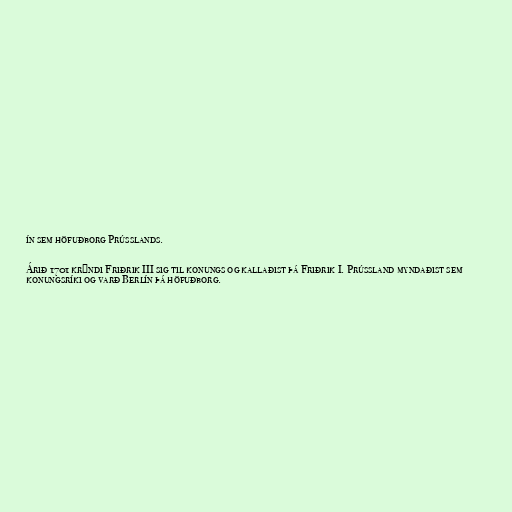
ín sem höfuðborg Prússlands.

Árið 1701 krýndi Friðrik III sig til konungs og kallaðist þá Friðrik I. Prússland myndaðist sem
konungsríki og varð Berlín þá höfuðborg.